Annual report of the Punjab Veterinary College and of the Civil Veterinary Department, Punjab - 1894-1908
Year: 1894
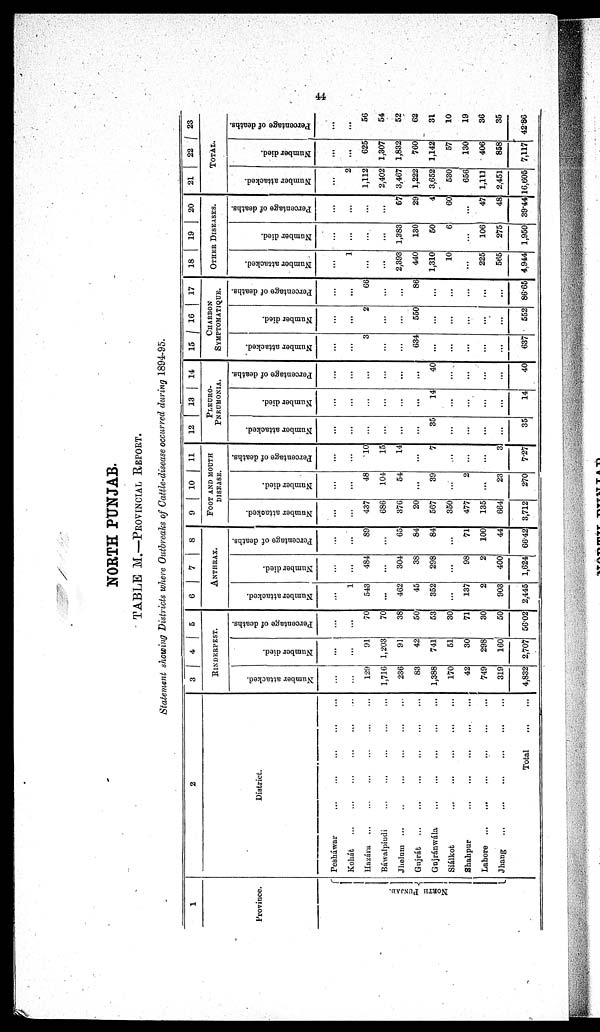
44
NORTH PUNJAB.
TABLE M.—PROVINCIAL REPORT.
Statement showing Districts where Outbreaks of Cattle-disease occurred during 1894-95.
1
Province.
NORTH PUNJAB.
2
District.
Peshawar
Kohát ...
Hazára ...
Báwalpindi
Jhelum ...
Gujrát ...
Gnjránwála
Siálkot
Shahpur
Lahore ...
Jhang ...
Total ...
3
4 5
RINDERPEST.
Number attacked.
...
...
129
1,716
236
83
1,388
170
42
749
319
4,832
Number died.
...
...
91
1,203
91
42
741
51
30
298
160
2,707
Percentage of deaths.
...
...
70
70
38
50
53
30
71
30
50
56.02
6
7
8
ANTHRAX.
Number attacked.
...
1
543
...
462
45
352
...
137
2
903
2,445
Number died.
...
...
484
...
304
38
298
...
98
2
400
1,624
Percentage of deaths.
...
...
89
...
65
84
84
...
71
100
44
66.42
9
10
11
FOOT AND MOUTH
DISEASE.
Number attacked.
...
...
437
686
376
20
567
350
477
135
664
3,712
Number died.
...
...
48
104
54
...
39
...
2
...
23
270
Percentage of deaths.
...
...
10
15
14
...
7
...
...
...
3
7.27
12
13
14
-------
PNEUMONIA.
Number attacked.
...
...
...
...
...
...
35
...
...
...
...
35
Number died.
...
...
...
...
...
...
14
...
...
...
...
14
Percentage of deaths.
...
...
...
...
...
...
40
...
...
...
...
40
15 16
17
CHARBON
SYMPTOMATIQUE.
Number attacked.
...
...
3
...
...
634
...
...
...
...
...
637
Number died.
...
...
2
...
...
550
...
...
...
...
...
552
Percentage of deaths.
...
...
66
...
...
86
...
...
...
...
...
86.65
18
19
20
OTHER DISEASES.
Number attacked.
...
1
...
...
2,393
440
1,310
10
...
225
565
4,944
Number died.
...
...
...
...
1,383
130
50
6
...
106
275
1,950
Percentage of deaths.
...
...
...
...
67
29
4
60
...
47
48
39.44
21
22
23
TOTAL.
Number attacked.
...
2
1,112
2,402
3,467
1,222
3,652
530
656
1,111
2,451
16,605
Number died.
...
...
625
1,307
1,832
760
1,142
57
130
406
858
7,117
Percentage of deaths.
...
...
56
54
52
62
31
10
19
36
35
42.86